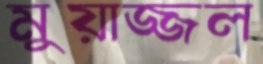
মুয়াজ্জল